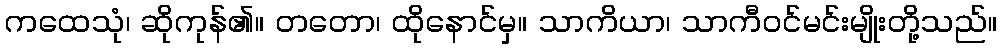
ကထေသုံ၊ ဆိုကုန်၏။ တတော၊ ထိုနောင်မှ။ သာကိယာ၊ သာကီဝင်မင်းမျိုးတို့သည်။